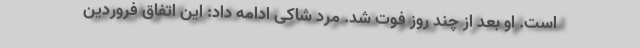
است. او بعد از چند روز فوت شد. مرد شاکی ادامه داد: این اتفاق فروردین